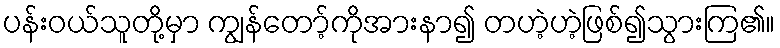
ပန်းဝယ်သူတို့မှာ ကျွန်တော့်ကိုအားနာ၍ တဟဲ့ဟဲ့ဖြစ်၍သွားကြ၏။